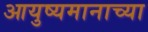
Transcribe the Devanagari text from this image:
आयुष्यमानाच्या